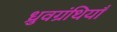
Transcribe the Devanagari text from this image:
ध्रुवग्रंथियाँ